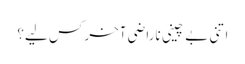
اتنی بے چینی ناراضی آخر کس لیے؟